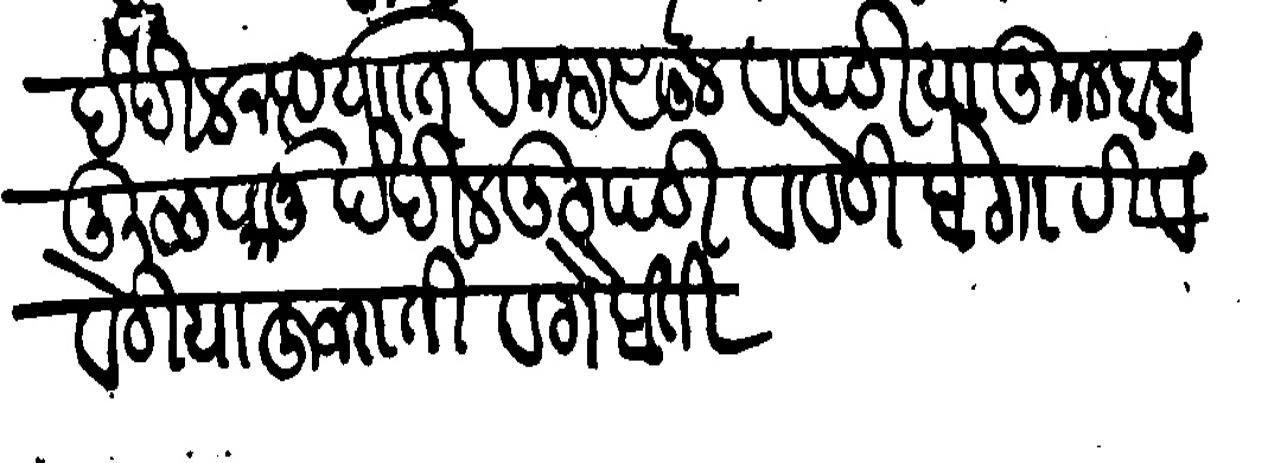
Transliteration (Devanagari): देखील नख्तयाति व महसूल व पटिया कुलबाब कुळकानु देखील उटपटी व वेठीबेगारी व वेठिया हुजराती व गैवती